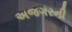
અજગરની